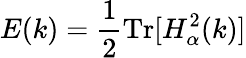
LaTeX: E(k)=\frac{1}{2}\mathrm{Tr}[H_{\alpha}^{2}(k)]